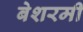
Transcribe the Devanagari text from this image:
बेशरमी